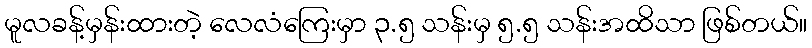
မူလခန့်မှန်းထားတဲ့ လေလံကြေးမှာ ၃.၅ သန်းမှ ၅.၅ သန်းအထိသာ ဖြစ်တယ်။